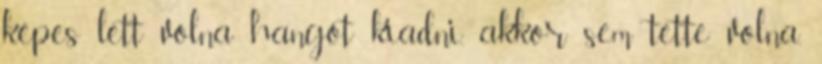
képes lett volna hangot kiadni, akkor sem tette volna.